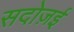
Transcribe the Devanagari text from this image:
सदोज़ई